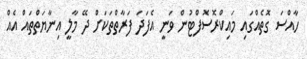
ހާއްސަ ގޮތެއްގައި މައިކްރޮސޮފްޓުން ވަނީ އެފަދަ ފަރާތްތަކަށް ދޭ މާލީ އިނާޔަތްތައް އެއް